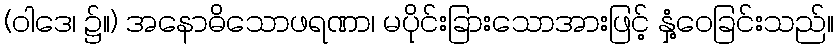
(ဝါဒေ၊ ၌။) အနောဓိသောဖရဏာ၊ မပိုင်းခြားသောအားဖြင့် နှံ့ဝေခြင်းသည်။